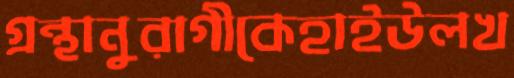
গ্রন্থানুরাগীকেহাইউলখ